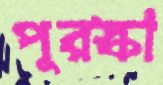
পুরস্কা